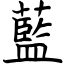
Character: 藍